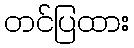
တင်ပြထား